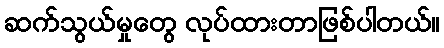
ဆက်သွယ်မှုတွေ လုပ်ထားတာဖြစ်ပါတယ်။